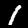
Digit: 1